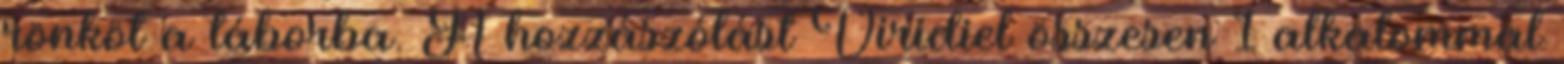
rönköt a táborba. A hozzászólást Viridiel összesen 1 alkalommal